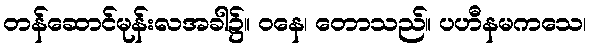
တန်ဆောင်မုန်းလအခါ၌။ ဝနေ၊ တောသည်။ ပဟီနမကသေ၊